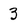
Character: 3